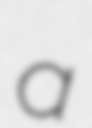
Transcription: a